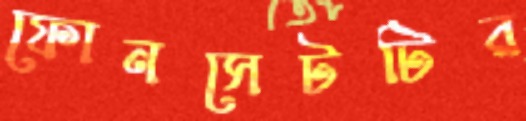
ফোনসেটটির